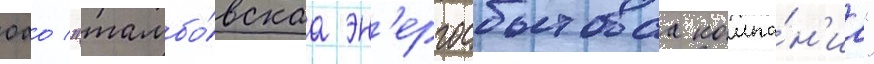
оао "тамбо́вскаа эн'ергосбытоваа компа́н'иа"